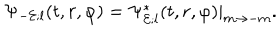
LaTeX: \Psi _ { - { \cal E } ; l } ( t , r , \varphi ) = \Psi _ { { \cal E } ; l } ^ { * } ( t , r , \varphi ) | _ { m \rightarrow - m } .